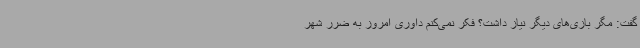
گفت: مگر بازی‌های دیگر نیاز داشت؟ فکر نمی‌کنم داوری امروز به ضرر شهر